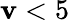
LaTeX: \mathbf{v}<5